Plague in India, 1896, 1897 - Volume 1
Year: 1896
Disease focus: Plague
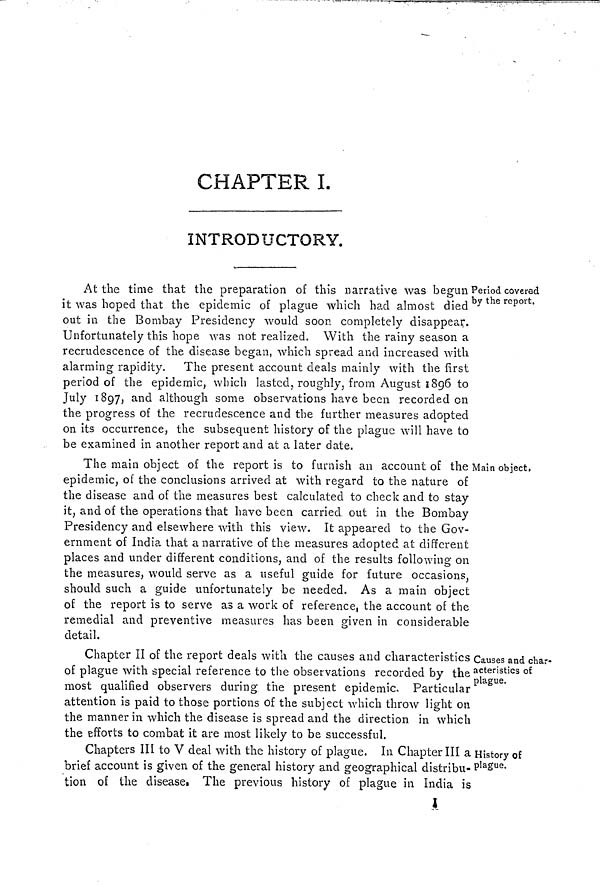
CHAPTER I.
INTRODUCTORY.
Period covered
by the report.
At the time that the preparation of this narrative was begun
it was hoped that the epidemic of plague which had almost died
out in the Bombay Presidency would soon completely disappear.
Unfortunately this hope was not realized. With the rainy season a
recrudescence of the disease began, which spread and increased with
alarming rapidity. The present account deals mainly with the first
period of the epidemic, which lasted, roughly, from August 1896 to
July 1897, and although some observations have been recorded on
the progress of the recrudescence and the further measures adopted
on its occurrence, the subsequent history of the plague will have to
be examined in another report and at a later date.
Main object,
The main object of the report is to furnish an account of the
epidemic, of the conclusions arrived at with regard to the nature of
the disease and of the measures best calculated to check and to stay
it, and of the operations that have been carried, out in the Bombay
Presidency and elsewhere with this view. It appeared to the Gov-
ernment of India that a narrative of the measures adopted at different
places and under different conditions, and of the results following on
the measures, would serve as a useful guide for future occasions,
should such a guide unfortunately be needed. As a main object
of the report is to serve as a work of reference, the account of the
remedial and preventive measures has been given in considerable
detail.
Causes and char-
acteristics of
plague.
Chapter II of the report deals with the causes and characteristics
of plague with special reference to the observations recorded by the
most qualified observers during the present epidemic. Particular
attention is paid to those portions of the subject which throw light on
the manner in which the disease is spread and the direction in which
the efforts to combat it are most likely to be successful.
History of
plague.
Chapters III to V deal with the history of plague. In Chapter III a
brief account is given of the general history and geographical distribu-
tion of the disease. The previous history of plague in India is